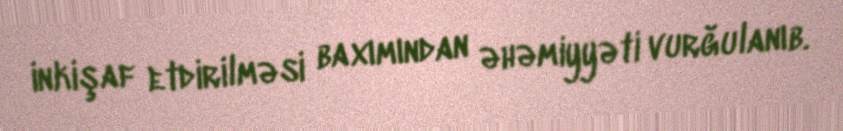
inkişaf etdirilməsi baxımından əhəmiyyəti vurğulanıb.